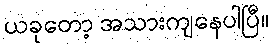
ယခုတော့ အသားကျနေပါပြီ။